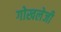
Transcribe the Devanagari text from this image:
गोखलेजी